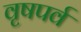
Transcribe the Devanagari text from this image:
वृषपर्व